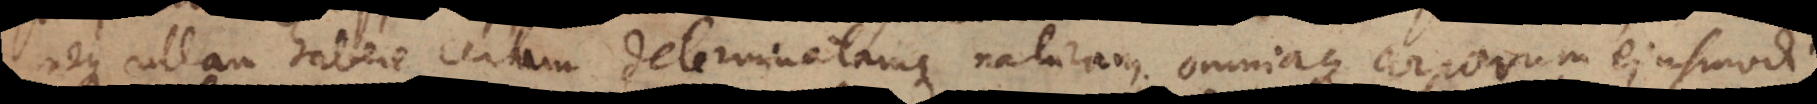
neque ullam habere certam determinatamque naturam; omniaque corporum ejusmodi